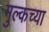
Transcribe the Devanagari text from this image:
मुल्कच्या